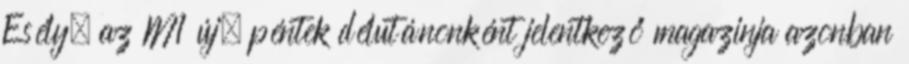
Esély, az M1 új, péntek délutánonként jelentkező magazinja azonban